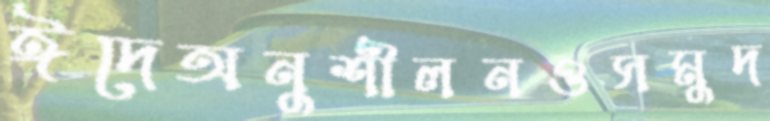
ঈদেঅনুশীলনওসমুদ